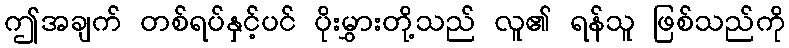
ဤအချက် တစ်ရပ်နှင့်ပင် ပိုးမွှားတို့သည် လူ၏ ရန်သူ ဖြစ်သည်ကို